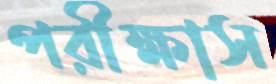
পরীক্ষাস